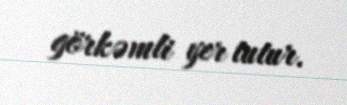
görkəmli yer tutur.